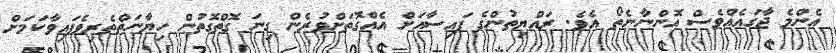
އެންމެ ޖާގައެއްވެސް އޮންނާނެތޯ އެވެ. ރައްޔިތުންގެ ފައިސާއަށް އެއްގޮޮތަށްވުރެން ގިނަ ގޮތްގޮތުން ހިޔާނަތްތެރިވެފައިވާކަމަށް